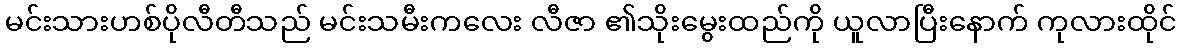
မင်းသားဟစ်ပိုလီတီသည် မင်းသမီးကလေး လီဇာ ၏သိုးမွေးထည်ကို ယူလာပြီးနောက် ကုလားထိုင်